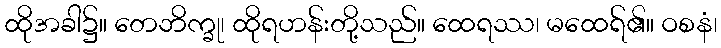
ထိုအခါ၌။ တေဘိက္ခု၊ ထိုရဟန်းတို့သည်။ ထေရဿ၊ မထေရ်၏။ ဝစနံ၊